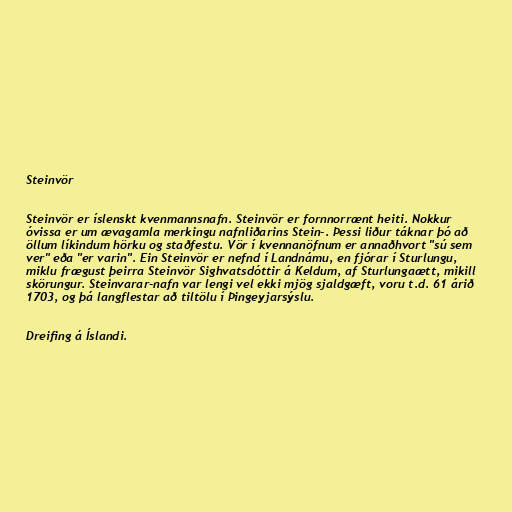
Steinvör

Steinvör er íslenskt kvenmannsnafn. Steinvör er fornnorrænt heiti. Nokkur
óvissa er um ævagamla merkingu nafnliðarins Stein-. Þessi liður táknar þó að
öllum líkindum hörku og staðfestu. Vör í kvennanöfnum er annaðhvort "sú sem
ver" eða "er varin". Ein Steinvör er nefnd í Landnámu, en fjórar í Sturlungu,
miklu frægust þeirra Steinvör Sighvatsdóttir á Keldum, af Sturlungaætt, mikill
skörungur. Steinvarar-nafn var lengi vel ekki mjög sjaldgæft, voru t.d. 61 árið
1703, og þá langflestar að tiltölu í Þingeyjarsýslu.

Dreifing á Íslandi.